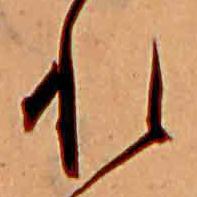
れ